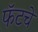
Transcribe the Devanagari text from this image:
फॅटचे